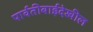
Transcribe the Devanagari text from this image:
पार्वतीबाईदेखील